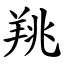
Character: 䍮